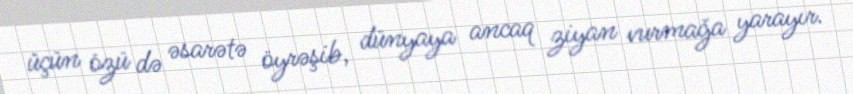
üçün özü də əsarətə öyrəşib, dünyaya ancaq ziyan vurmağa yarayır.